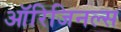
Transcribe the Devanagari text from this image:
ऑरिजिनल्स